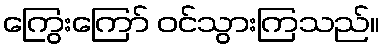
ကြွေးကြော် ဝင်သွားကြသည်။